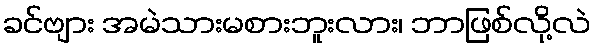
ခင်ဗျား အမဲသားမစားဘူးလား၊ ဘာဖြစ်လို့လဲ